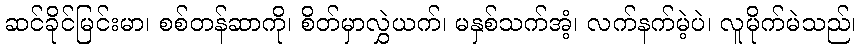
ဆင်ခိုင်မြင်းမာ၊ စစ်တန်ဆာကို၊ စိတ်မှာလွှဲယက်၊ မနှစ်သက်အံ့၊ လက်နက်မဲ့ပဲ၊ လူမိုက်မဲသည်၊